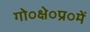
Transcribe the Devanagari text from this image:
गो०क्षे०प्र०में